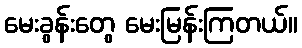
မေးခွန်းတွေ မေးမြန်းကြတယ်။